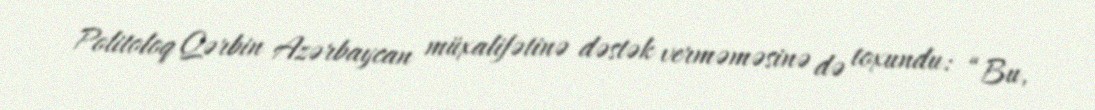
Politoloq Qərbin Azərbaycan müxalifətinə dəstək verməməsinə də toxundu: “Bu,